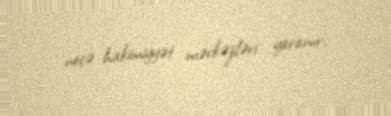
neçə hakimiyyət mərkəzləri yaranır.